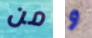
من و